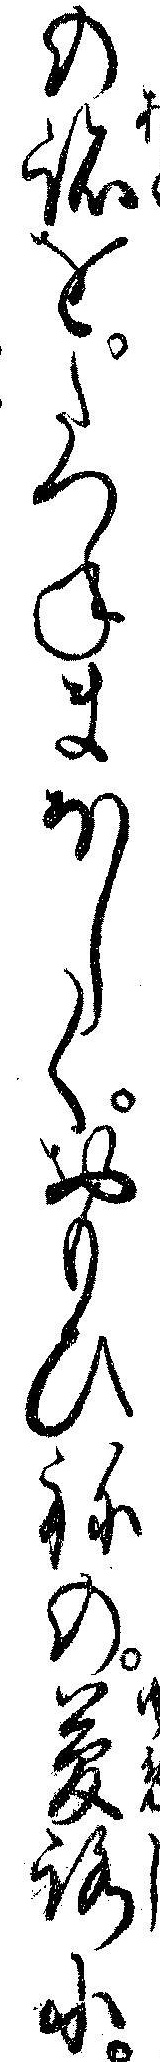
の跡をたつねまほしくおもひねの夢路に